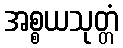
အစ္စယသုတ္တံ